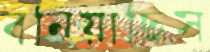
বনিয়াছিস